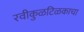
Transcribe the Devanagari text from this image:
रवीकुळटिळकाचा